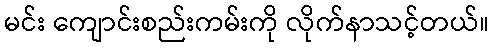
မင်း ကျောင်းစည်းကမ်းကို လိုက်နာသင့်တယ်။